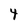
Character: 4